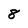
Character: 8